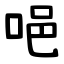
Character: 唈